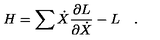
H = \sum \dot { X } \frac { \partial L } { \partial \dot { X } } - L \quad .